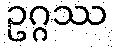
ဥဂ္ဂဿ